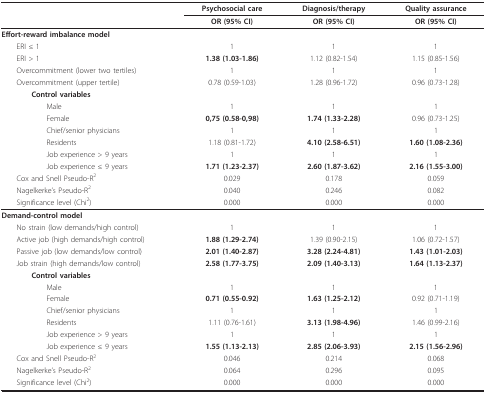
<table><thead><tr><td></td><td><b>Psychosocial care</b></td><td><b>Diagnosis/therapy</b></td><td><b>Quality assurance</b></td></tr><tr><td></td><td><b>OR (95% CI)</b></td><td><b>OR (95% CI)</b></td><td><b>OR (95% CI)</b></td></tr></thead><tbody><tr><td><b>Effort-reward imbalance model</b></td><td></td><td></td><td></td></tr><tr><td> ERI ≤ 1</td><td>1</td><td>1</td><td>1</td></tr><tr><td> ERI &gt; 1</td><td><b>1.38 (1.03-1.86)</b></td><td>1.12 (0.82-1.54)</td><td>1.15 (0.85-1.56)</td></tr><tr><td> Overcommitment (lower two tertiles)</td><td>1</td><td>1</td><td>1</td></tr><tr><td> Overcommitment (upper tertile)</td><td>0.78 (0.59-1.03)</td><td>1.28 (0.96-1.72)</td><td>0.96 (0.73-1.28)</td></tr><tr><td><b>Control variables</b></td><td></td><td></td><td></td></tr><tr><td>Male</td><td>1</td><td>1</td><td>1</td></tr><tr><td>Female</td><td><b>0,75 (0.58-0,98)</b></td><td><b>1.74 (1.33-2.28)</b></td><td>0.96 (0.73-1.25)</td></tr><tr><td>Chief/senior physicians</td><td>1</td><td>1</td><td>1</td></tr><tr><td>Residents</td><td>1.18 (0.81-1.72)</td><td><b>4.10 (2.58-6.51)</b></td><td><b>1.60 (1.08-2.36)</b></td></tr><tr><td>Job experience &gt; 9 years</td><td>1</td><td>1</td><td>1</td></tr><tr><td>Job experience ≤ 9 years</td><td><b>1.71 (1.23-2.37)</b></td><td><b>2.60 (1.87-3.62)</b></td><td><b>2.16 (1.55-3.00)</b></td></tr><tr><td> Cox and Snell Pseudo-R<sup>2</sup></td><td>0.029</td><td>0.178</td><td>0.059</td></tr><tr><td> Nagelkerke&#x27;s Pseudo-R<sup>2</sup></td><td>0.040</td><td>0.246</td><td>0.082</td></tr><tr><td> Significance level (Chi<sup>2</sup>)</td><td>0.000</td><td>0.000</td><td>0.000</td></tr><tr><td><b>Demand-control model</b></td><td></td><td></td><td></td></tr><tr><td> No strain (low demands/high control)</td><td>1</td><td>1</td><td>1</td></tr><tr><td> Active job (high demands/high control)</td><td><b>1.88 (1.29-2.74)</b></td><td>1.39 (0.90-2.15)</td><td>1.06 (0.72-1.57)</td></tr><tr><td> Passive job (low demands/low control)</td><td><b>2.01 (1.40-2.87)</b></td><td><b>3.28 (2.24-4.81)</b></td><td><b>1.43 (1.01-2.03)</b></td></tr><tr><td> Job strain (high demands/low control)</td><td><b>2.58 (1.77-3.75)</b></td><td><b>2.09 (1.40-3.13)</b></td><td><b>1.64 (1.13-2.37)</b></td></tr><tr><td><b>Control variables</b></td><td></td><td></td><td></td></tr><tr><td>Male</td><td>1</td><td>1</td><td>1</td></tr><tr><td>Female</td><td><b>0.71 (0.55-0.92)</b></td><td><b>1.63 (1.25-2.12)</b></td><td>0.92 (0.71-1.19)</td></tr><tr><td>Chief/senior physicians</td><td>1</td><td>1</td><td>1</td></tr><tr><td>Residents</td><td>1.11 (0.76-1.61)</td><td><b>3.13 (1.98-4.96)</b></td><td>1.46 (0.99-2.16)</td></tr><tr><td>Job experience &gt; 9 years</td><td>1</td><td>1</td><td>1</td></tr><tr><td>Job experience ≤ 9 years</td><td><b>1.55 (1.13-2.13)</b></td><td><b>2.85 (2.06-3.93)</b></td><td><b>2.15 (1.56-2.96)</b></td></tr><tr><td> Cox and Snell Pseudo-R<sup>2</sup></td><td>0.046</td><td>0.214</td><td>0.068</td></tr><tr><td> Nagelkerke&#x27;s Pseudo-R<sup>2</sup></td><td>0.064</td><td>0.296</td><td>0.095</td></tr><tr><td> Significance level (Chi<sup>2</sup>)</td><td>0.000</td><td>0.000</td><td>0.000</td></tr></tbody></table>